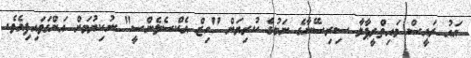
އައު ރައީސް މައިތްރީޕާލާ ސިރިސޭނާގެ ނަމުގެ ކުރިޔަށް "ހިޒް އެކްސެލެންސީ" ނުކިޔުމަށް އަންގަވައިފިއެވެ.